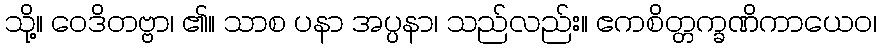
သို့။ ဝေဒိတဗ္ဗာ၊ ၏။ သာစ ပနာ အပ္ပနာ၊ သည်လည်း။ ဧကစိတ္တက္ခဏိကာယေဝ၊